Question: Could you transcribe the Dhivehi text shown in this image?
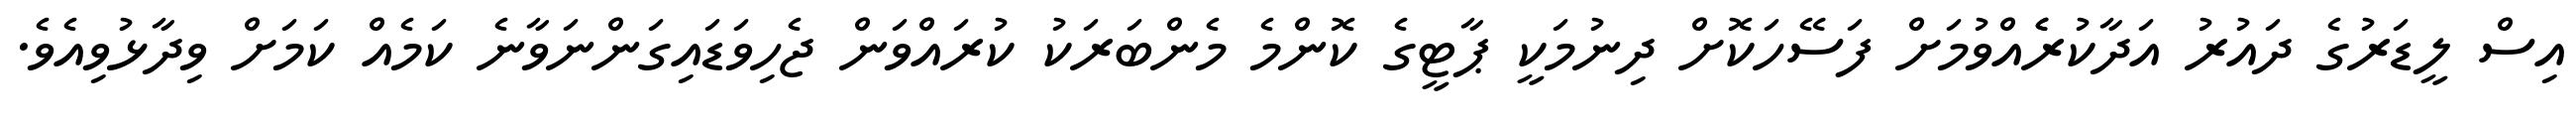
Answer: އިސް ލީޑަރުގެ ދައުރު އަދާކުރެެއްވުމަށް ފަސޭހަކޮށް ދިނުމަކީ ޕާޓީގެ ކޮންމެ މެންބަރަކު ކުރައްވަން ޖެހިވަޑައިގަންނަވާނެ ކަމެއް ކަމަށް ވިދާޅުވިއެވެ.